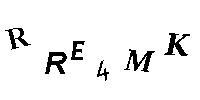
RRE4MK